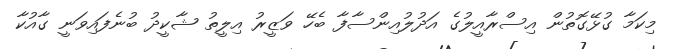
މިކަމާ ގުޅޭގޮތުން އިސްރާއީލުގެ އަދުލުއިންސާފާ ބެހޭ ވަޒީރު އިލީތު ޝާކީދު ބުނެފައިވަނީ ގާއުކާ